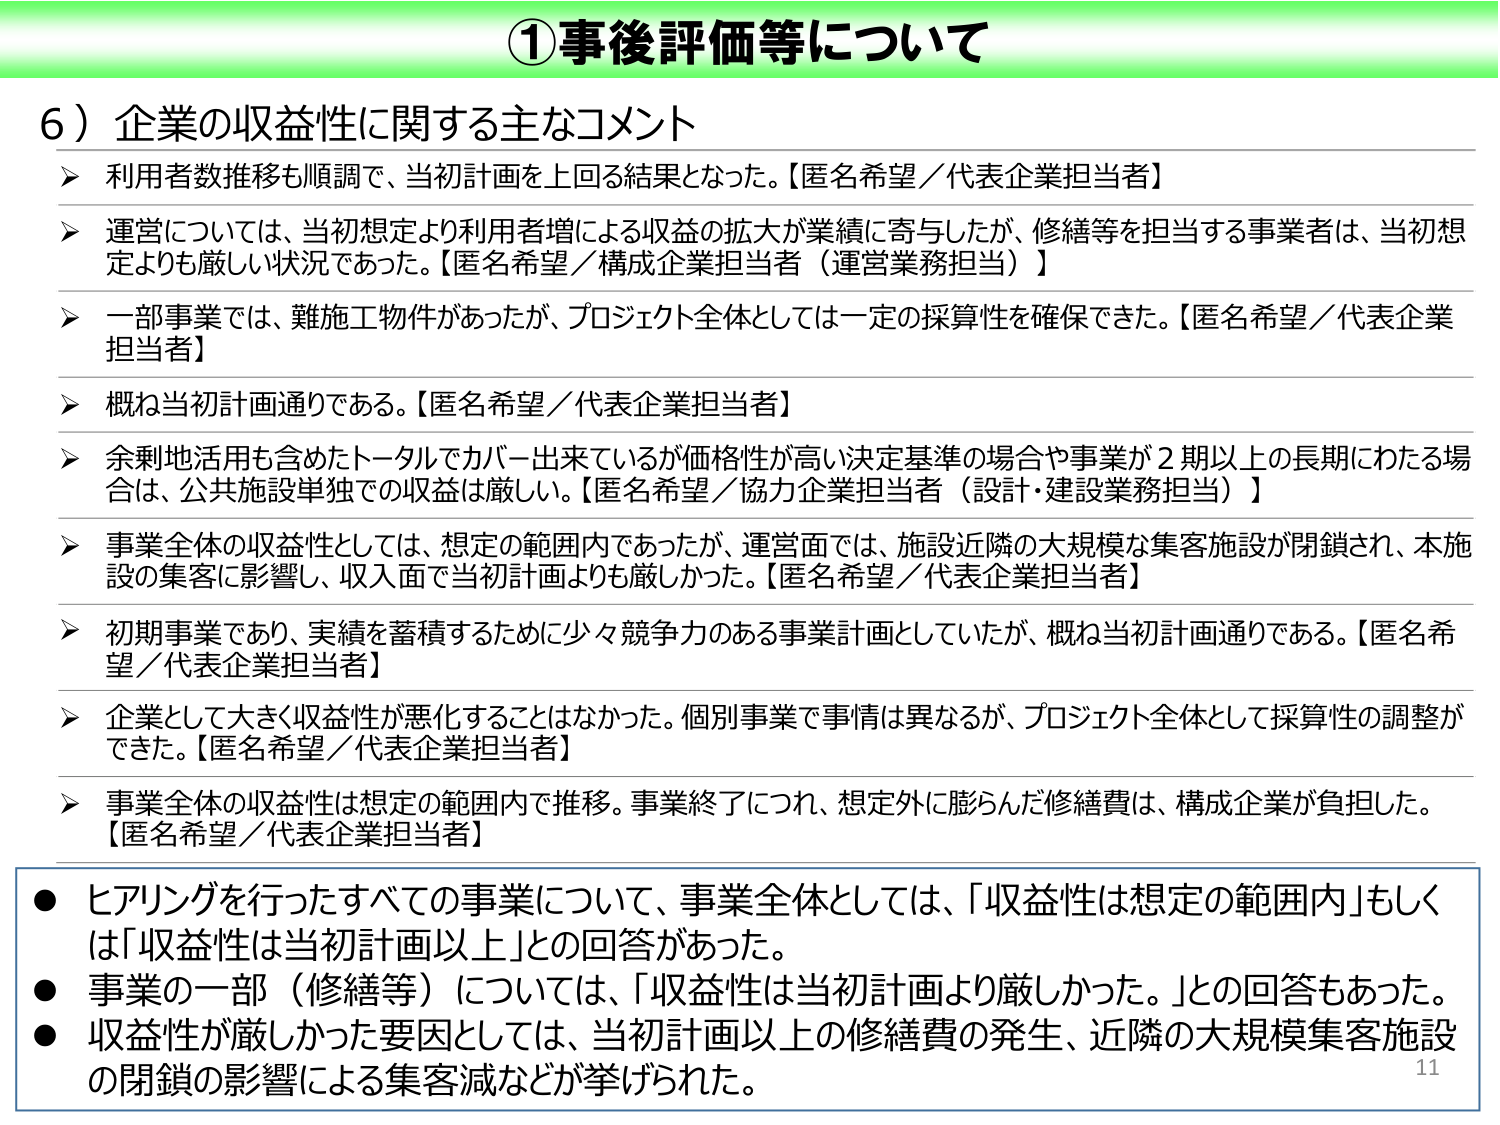
①事後評価等について

6）企業の収益性に関する主なコメント

▶ 利用者数推移も順調で、当初計画を上回る結果となった。【匿名希望／代表企業担当者】

▶ 運営については、当初想定より利用者増による収益の拡大が業績に寄与したが、修繕等を担当する事業者は、当初想定よりも厳しい状況であった。【匿名希望／構成企業担当者（運営業務担当）】

▶ 一部事業では、難施工物件があったが、プロジェクト全体としては一定の採算性を確保できた。【匿名希望／代表企業担当者】

▶ 概ね当初計画通りである。【匿名希望／代表企業担当者】

▶ 余剰地活用も含めたトータルでカバー出来ているが価格性が高い決定基準の場合や事業が2期以上の長期にわたる場合は、公共施設単独での収益は厳しい。【匿名希望／協力企業担当者（設計・建設業務担当）】

▶ 事業全体の収益性としては、想定の範囲内であったが、運営面では、施設近隣の大規模な集客施設が閉鎖され、本施設の集客に影響し、収入面で当初計画よりも厳しかった。【匿名希望／代表企業担当者】

▶ 初期事業であり、実績を蓄積するために少々競争力のある事業計画としていたが、概ね当初計画通りである。【匿名希望／代表企業担当者】

▶ 企業として大きく収益性が悪化することはなかった。個別事業で事情は異なるが、プロジェクト全体として採算性の調整ができた。【匿名希望／代表企業担当者】

▶ 事業全体の収益性は想定の範囲内で推移。事業終了につれ、想定外に膨らんだ修繕費は、構成企業が負担した。【匿名希望／代表企業担当者】

● ヒアリングを行ったすべての事業について、事業全体としては、「収益性は想定の範囲内」もしくは「収益性は当初計画以上」との回答があった。

● 事業の一部（修繕等）については、「収益性は当初計画より厳しかった。」との回答もあった。

● 収益性が厳しかった要因としては、当初計画以上の修繕費の発生、近隣の大規模集客施設の閉鎖の影響による集客減などが挙げられた。

11